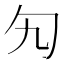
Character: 勼